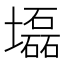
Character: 𡓃